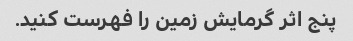
پنج اثر گرمایش زمین را فهرست کنید.